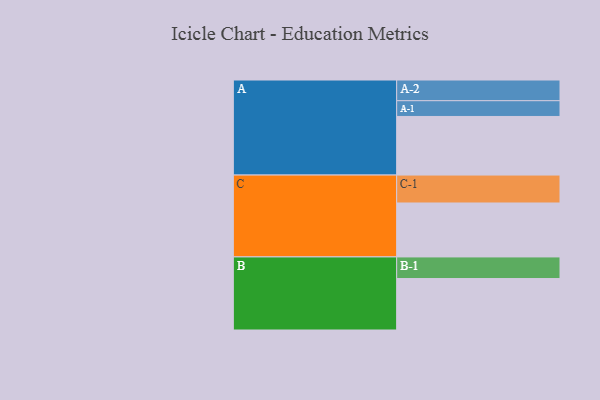
{"axis": {"x": "Segment", "y": "Value"}, "legend": ["", "A", "B", "C"], "data": [{"x": "A", "y": 453, "type": ""}, {"x": "B", "y": 398, "type": ""}, {"x": "C", "y": 417, "type": ""}, {"x": "A-1", "y": 122, "type": "A"}, {"x": "A-2", "y": 160, "type": "A"}, {"x": "B-1", "y": 167, "type": "B"}, {"x": "C-1", "y": 216, "type": "C"}]}